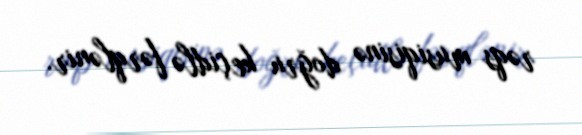
rəqs musiqisinə doğru keçidlə fərqlənir.